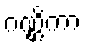
ဂဏ္ဌိကာ